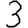
Digit: 3